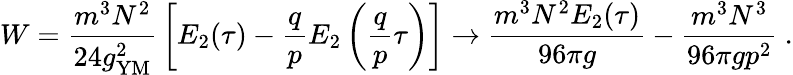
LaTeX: W={\frac{m^{3}N^{2}}{24g_{\mathrm{YM}}^{2}}}\left[E_{2}(\tau)-{\frac{q}{p}}E_{2}\left({\frac{q}{p}}\tau\right)\right]\to{\frac{m^{3}N^{2}E_{2}(\tau)}{96\pi g}}-{\frac{m^{3}N^{3}}{96\pi gp^{2}}}\ .